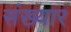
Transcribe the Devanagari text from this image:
संख्यार